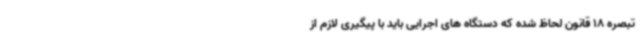
تبصره 18 قانون لحاظ شده که دستگاه های اجرایی باید با پیگیری لازم از